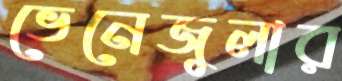
ভেনেজুলার